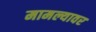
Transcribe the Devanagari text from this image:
मामल्यावर